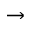
\to